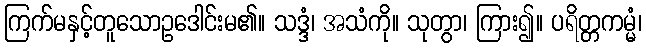
ကြက်မနှင့်တူသောဥဒေါင်းမ၏။ သဒ္ဒံ၊ အသံကို။ သုတွာ၊ ကြား၍။ ပရိတ္တကမ္မံ၊